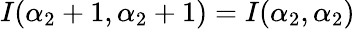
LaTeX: I(\alpha_{2}+1,\alpha_{2}+1)=I(\alpha_{2},\alpha_{2})